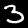
Label: 3